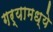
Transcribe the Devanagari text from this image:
गर्‍यामध्ये